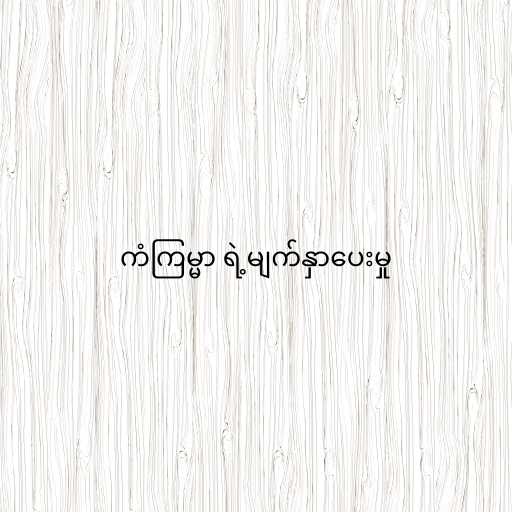
ကံကြမ္မာ ရဲ့မျက်နှာပေးမှု